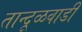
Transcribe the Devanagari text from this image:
तान्दूळवाडी